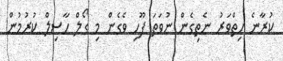
ކުރާނެ ހިތްވަރު ނެތިގެން ނުވަތަ ފޫހި ވެގެން މި ގޯލް ހާސިލް ކުރުމުން